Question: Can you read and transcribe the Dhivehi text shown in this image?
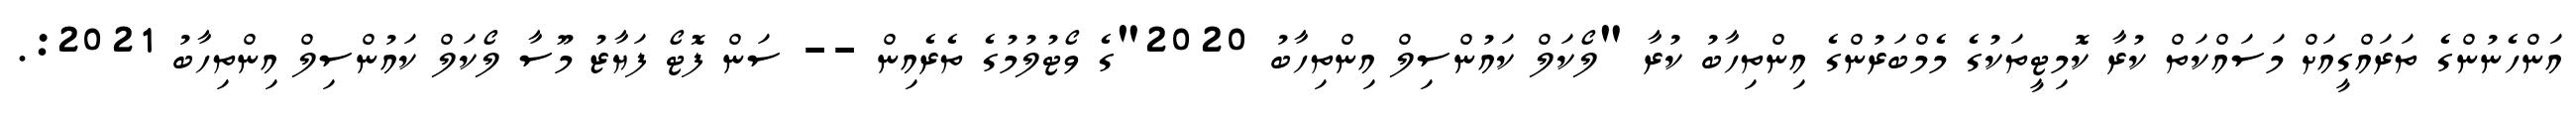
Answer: އަންހެނުންގެ ތަރައްގީއަށް މަސައްކަތް ކުރާ ކޮމިޓީތަކުގެ މެމްބަރުންގެ އިންތިހާބު ކުރާ "ލޯކަލް ކައުންސިލް އިންތިހާބު 2020"ގެ ވޯޓުލުމުގެ ތެރެއިން -- ސަން ފޮޓޯ ފަޔާޒު މޫސާ ލޯކަލް ކައުންސިލް އިންތިހާބު 2021:.